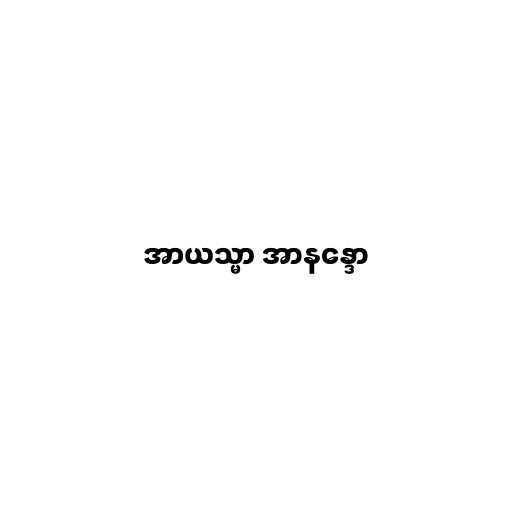
အာယသ္မာ အာနန္ဒော